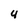
Character: 4